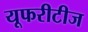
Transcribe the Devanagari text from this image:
यूफरीटीज